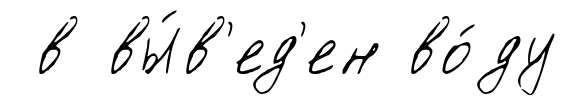
в вы́в'ед'ен во́ду